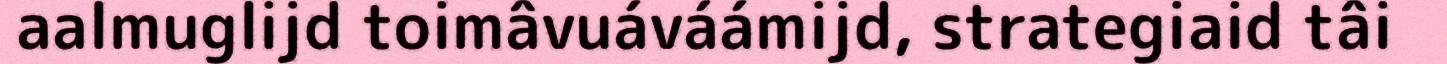
aalmuglijd toimâvuáváámijd, strategiaid tâi